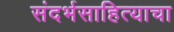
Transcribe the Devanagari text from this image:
संदर्भसाहित्याचा